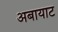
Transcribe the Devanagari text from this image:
अबायाट